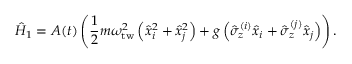
\hat { H } _ { 1 } = A ( t ) \left( \frac { 1 } { 2 } m \omega _ { \mathrm { t w } } ^ { 2 } \left( \hat { x } _ { i } ^ { 2 } + \hat { x } _ { j } ^ { 2 } \right) + g \left( \hat { \sigma } _ { z } ^ { ( i ) } \hat { x } _ { i } + \hat { \sigma } _ { z } ^ { ( j ) } \hat { x } _ { j } \right) \right) .